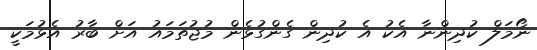
ނޯމަލް ކުދިންނާ އެކު އެ ކުދިން ގެންގުޅެން މުޖުތަމައު އަށް ބާރު އެޅުމަކީ